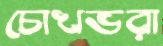
চোখভরা